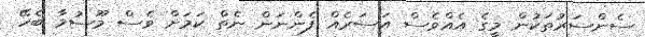
ސެންސަރުތަކުން މީގެ އެއްވެސް އަސަރެއް ފެންނަން ނެތް ކަމަށް ވެސް މޫސުމާ ބެހޭ